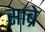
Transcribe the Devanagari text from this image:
साब्रे